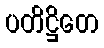
ပတိဋ္ဌိတေ